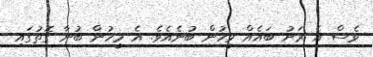
ވެސް އެ ރަށު ބައެއް މީހުން ބުނެއެވެ. އެ މީހުން ބުނާ ގޮތުގައި